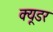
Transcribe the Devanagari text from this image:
क्यूडर